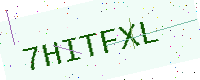
Text: 7HITFXL